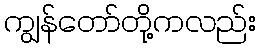
ကျွန်တော်တို့ကလည်း